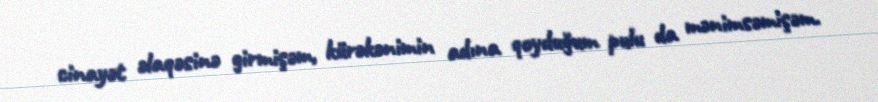
cinayət əlaqəsinə girmişəm, kürəkənimin adına qoyduğum pulu da mənimsəmişəm.